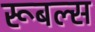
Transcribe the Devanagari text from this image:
रूबल्स